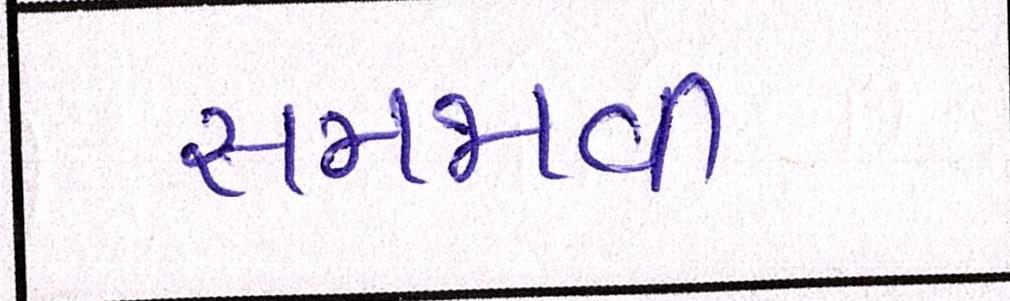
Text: સમજાવી